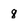
Character: 8